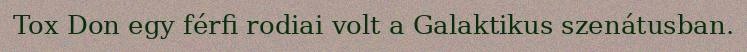
Tox Don egy férfi rodiai volt a Galaktikus szenátusban.